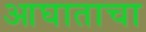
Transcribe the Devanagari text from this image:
आघाताचा